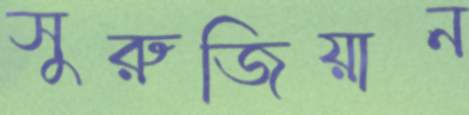
সুরুজিয়ান